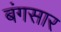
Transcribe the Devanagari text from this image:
बंगसार